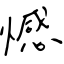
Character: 憾